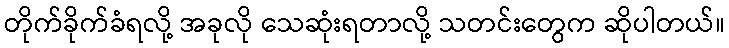
တိုက်ခိုက်ခံရလို့ အခုလို သေဆုံးရတာလို့ သတင်းတွေက ဆိုပါတယ်။